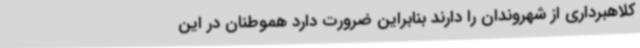
کلاهبرداری از شهروندان را دارند بنابراین ضرورت دارد هموطنان در این